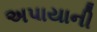
અપાયાની